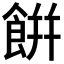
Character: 餠